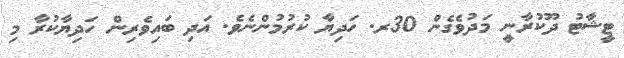
ޓީޝާޓު ދޫކުރާނީ މަދުވެގެން 30ރ. ހަދިޔާ ކުރުމުންނެވެ. އަދި ބައިވެރިން ހަދިޔާކުރާ މި